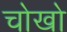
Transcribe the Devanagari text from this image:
चोखो